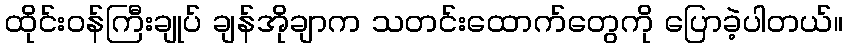
ထိုင်းဝန်ကြီးချုပ် ချန်အိုချာက သတင်းထောက်တွေကို ပြောခဲ့ပါတယ်။